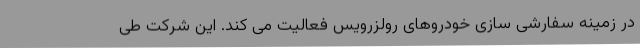
در زمینه سفارشی سازی خودروهای رولزرویس فعالیت می کند. این شرکت طی